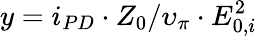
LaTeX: y=i_{PD}\cdot Z_{0}/\upsilon_{\pi}\cdot E_{0,i}^{2}